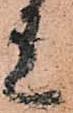
上